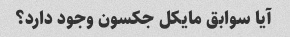
آیا سوابق مایکل جکسون وجود دارد؟